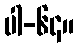
ပါ-၆၄။